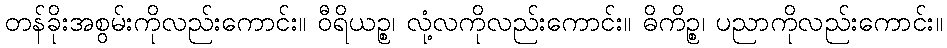
တန်ခိုးအစွမ်းကိုလည်းကောင်း။ ဝီရိယဉ္စ၊ လုံ့လကိုလည်းကောင်း။ ဓိကိဉ္စ၊ ပညာကိုလည်းကောင်း။